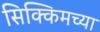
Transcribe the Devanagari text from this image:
सिक्किमच्या